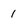
Character: 1